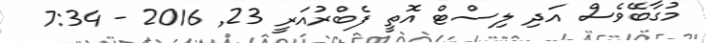
މުގާބޭވެސް އަދި ލިސްޓް އޮތީ ފެބްރުއަރީ 23